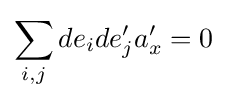
\sum _{i,j}de_{i}de_{j}'a'_{x}=0